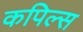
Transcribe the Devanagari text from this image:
कपिल्स